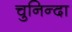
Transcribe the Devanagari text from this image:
चुनिन्‍दा